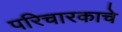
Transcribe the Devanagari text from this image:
परिचारकाचे